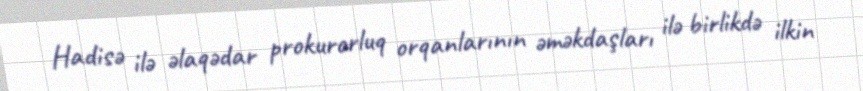
Hadisə ilə əlaqədar prokurorluq orqanlarının əməkdaşları ilə birlikdə ilkin